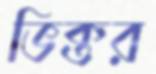
ভিক্তর